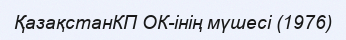
ҚазақстанКП ОК-інің мүшесі (1976)